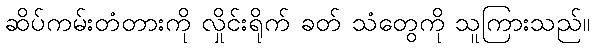
ဆိပ်ကမ်းတံတားကို လှိုင်းရိုက် ခတ် သံတွေကို သူကြားသည်။